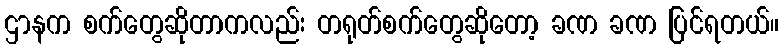
ဌာနက စက်တွေဆိုတာကလည်း တရုတ်စက်တွေဆိုတော့ ခဏ ခဏ ပြင်ရတယ်။